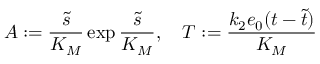
A : = \frac { \widetilde s } { K _ { M } } \exp \frac { \widetilde s } { K _ { M } } , \quad T : = \frac { k _ { 2 } e _ { 0 } ( t - \widetilde t ) } { K _ { M } }